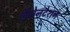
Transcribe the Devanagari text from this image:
लैमेनटेशन